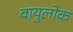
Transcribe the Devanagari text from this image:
वायुलोक